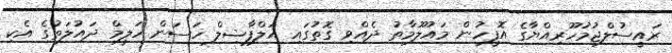
ރައީސުލްޖުމުހޫރިއްޔާގެ އޮފީހުން މައުލޫމާތު ދެއްވި ގޮތުގައި އަލްފާޟިލް ހަސަން ހަލީމް ދައުލަތުގެ އެކި